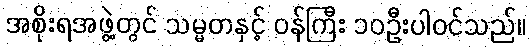
အစိုးရအဖွဲ့တွင် သမ္မတနှင့် ဝန်ကြီး ၁၀ဦးပါဝင်သည်။